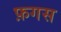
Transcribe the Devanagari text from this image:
फ़गस